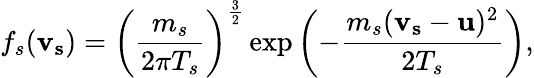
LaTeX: f_{s}(\mathbf{v_{s}})=\left(\frac{m_{s}}{2\pi T_{s}}\right)^{\frac{3}{2}}\exp\left(-\frac{m_{s}(\mathbf{v_{s}}-\mathbf{u})^{2}}{2T_{s}}\right),